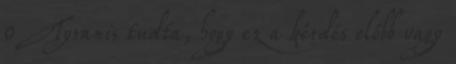
0 Tyranis tudta, hogy ez a kérdés előbb vagy